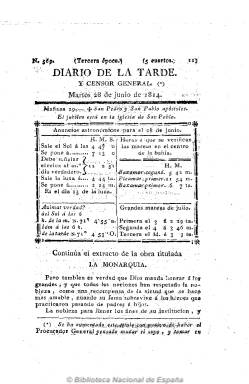
Título: Diario de la tarde y censor general
Colección: Periódicos anteriores a 1850
Ámbito geográfico: Cádiz
Lugar de publicación: Cádiz
Fechas: 28/06/1814-28/06/1814

El absolutista jerezano Miguel María Panés y Pabón, marqués de Villapanés, unifica Diario de la tarde (1811-1814) y El censor general (1811-1814) en un solo título y periódico a partir del 28 de junio de 1814, siguiendo la secuencia y la foliación del primero. La Biblioteca Nacional de España dispone sólo de la primera entrega de esta nueva cabecera, en la que el propio marqués firma con iniciales (V.P. = Villa Panés) el motivo que le lleva a tomar esta decisión de sumar ambos títulos de su propiedad, que no es otro que los editores del también reaccionario El procurador general (18112-1815) habían pensado adoptar el título de Censor general, cosa que no ocurrirá, pues el nuevo título que tomará este es el de El procurador general de la nación y del rey, cuando su redacción e impresión se traslade de Cádiz a Madrid, al reivindicar el marqués el derecho de propiedad de su cabecera. En la misma nota, Villapanés indica que también había sido el editor de Celador patriótico [Zelador patriótico (1810-1811)].

El nuevo título, además de seguir la secuencia del citado Diario de la tarde, tendrá también la misma estructura, y continuará con los artículos por entregas que venía publicando este, como es el extracto de la obra titulada La monarquía. También sigue saliendo de la imprenta gaditana de Murguía. Tras ser interrumpida su edición desde el 25 de octubre al 31 de diciembre de 1814, reapareció el uno de enero de 1815, desconociéndose cuando dejó de publicarse.